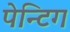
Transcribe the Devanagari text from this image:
पेन्टिग